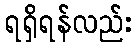
ရရှိရန်လည်း